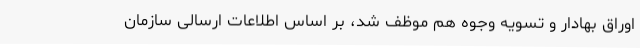
اوراق بهادار و تسویه وجوه هم موظف شد، بر اساس اطلاعات ارسالی سازمان